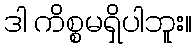
ဒါ ကိစ္စမရှိပါဘူး။